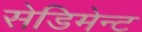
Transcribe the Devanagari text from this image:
सेडिमेन्ट